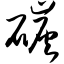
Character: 碳